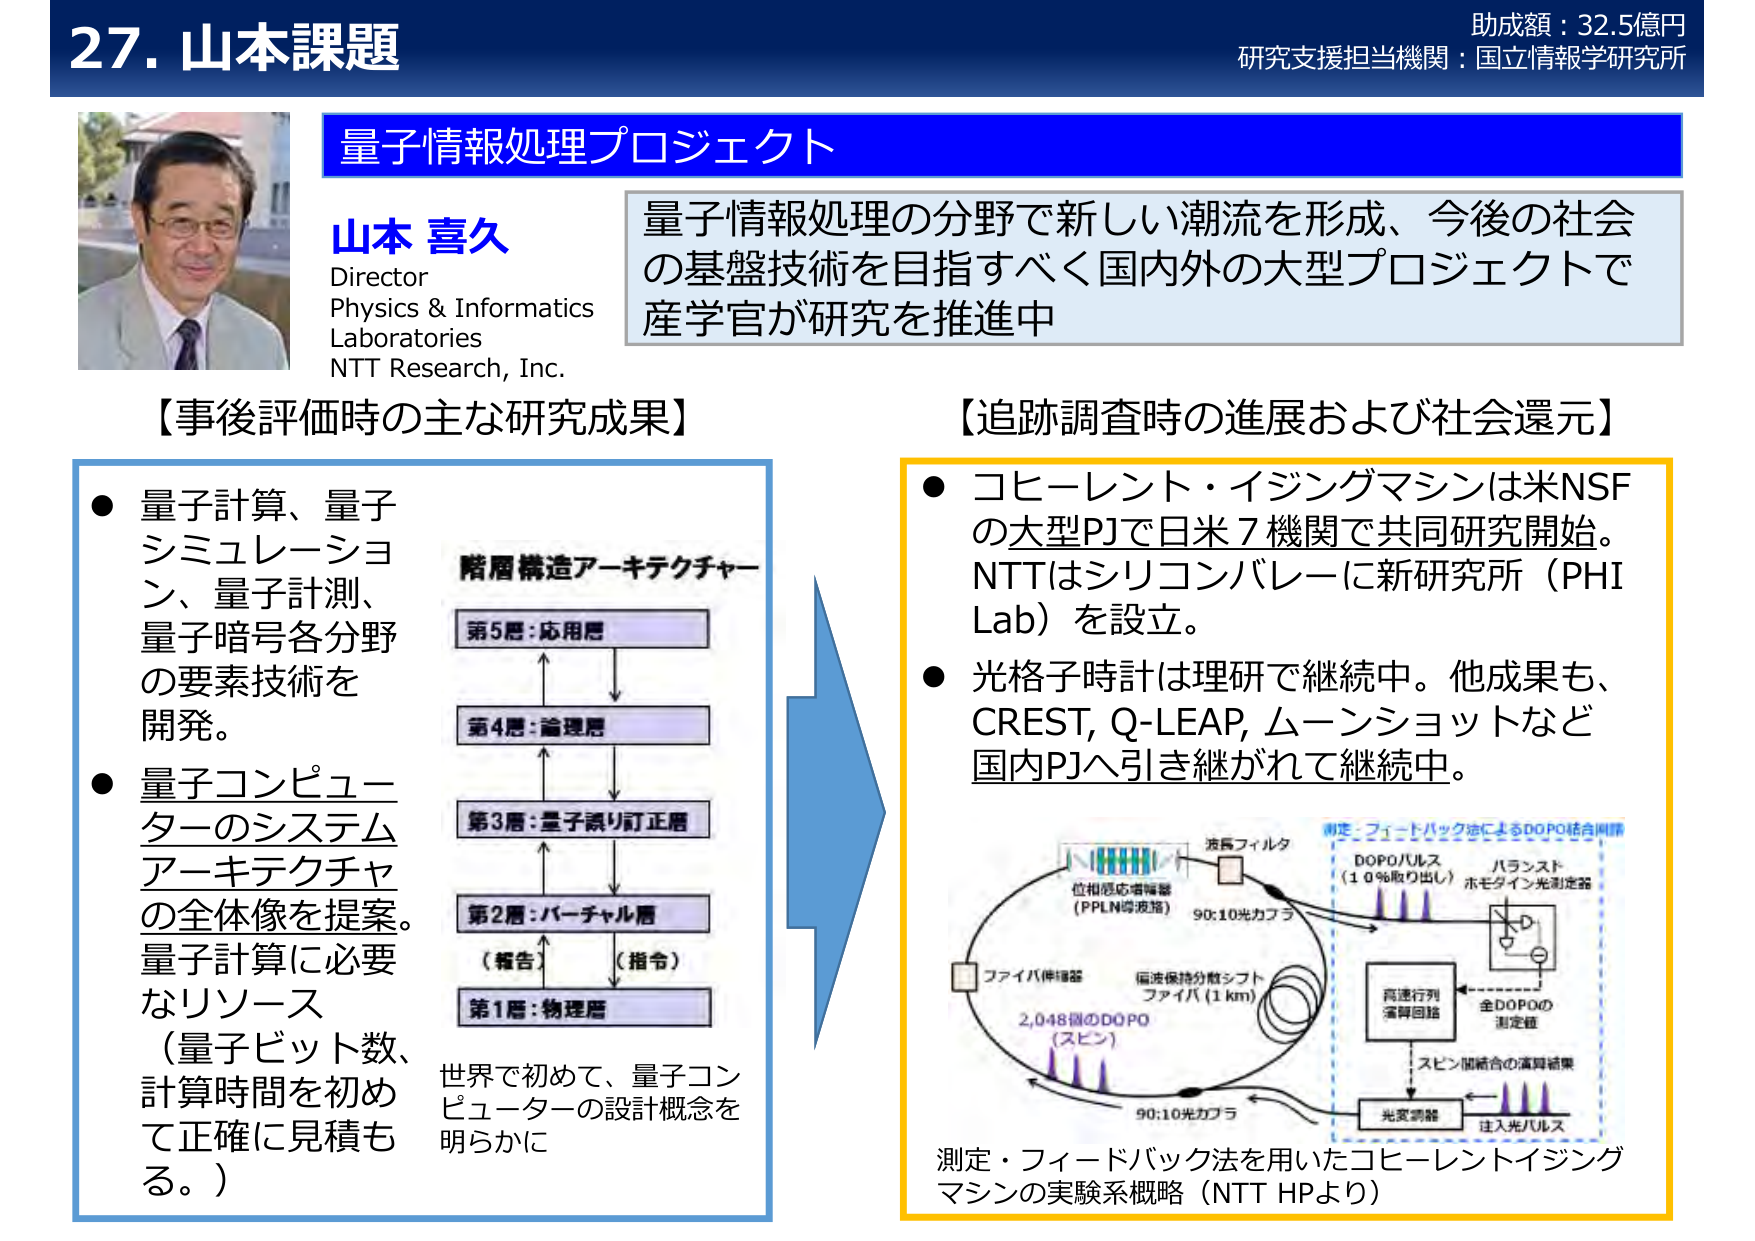
27. 山本課題
助成額：32.5億円
研究支援担当機関：国立情報学研究所

量子情報処理プロジェクト

山本 喜久
Director
Physics & Informatics
Laboratories
NTT Research, Inc.

量子情報処理の分野で新しい潮流を形成、今後の社会の基盤技術を目指すべく国内外の大型プロジェクトで産学官が研究を推進中

【事後評価時の主な研究成果】
● 量子計算、量子シミュレーション、量子計測、量子暗号各分野の要素技術を開発。
● 量子コンピューターのシステムアーキテクチャの全体像を提案。量子計算に必要なリソース（量子ビット数、計算時間を初めて正確に見積もる。）

階層構造アーキテクチャー
第5層：応用層
第4層：論理層
第3層：量子誤り訂正層
第2層：バーチャル層
（報告）（指令）
第1層：物理層

世界で初めて、量子コンピューターの設計概念を明らかに

【追跡調査時の進展および社会還元】
● コヒーレント・イジングマシンは米NSFの大型PJで日米7機関で共同研究開始。NTTはシリコンバレーに新研究所（PHI Lab）を設立。
● 光格子時計は理研で継続中。他成果も、CREST, Q-LEAP, ムーンショットなど国内PJへ引き継がれて継続中。

測定：フィードバック法によるDOPO結合制御
波長フィルタ
DOPOパルス（1.0%取り出し）
バランスドホモダイン光測定器
位相感応増幅器（PPLN導波路）
90:10光カプラ
ファイバ伸縮器
偏波保持分散シフトファイバ（1 km）
2,048個のDOPO（スピン）
90:10光カプラ
高速行列演算回路
全DOPOの測定値
スピン間結合の演算結果
光変調器
注入光パルス

測定・フィードバック法を用いたコヒーレントイジングマシンの実験系概略（NTT HPより）